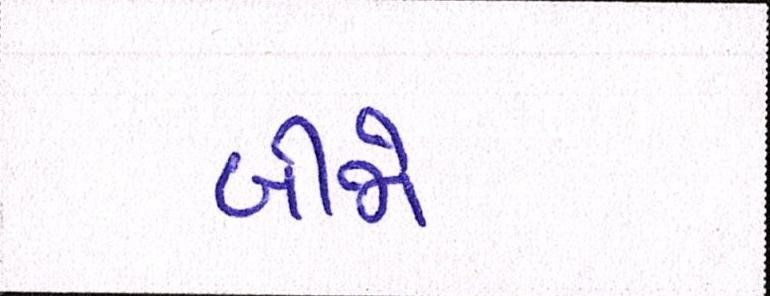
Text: બીજો